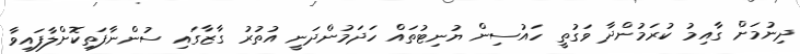
ދިނުމަށް ގާއިމު ކުރަމުންދާ ވަގުތީ ހައުސިން ޔުނިޓުތައް ހަދަމުންދަނީ އުތުރު ގާޒާގައި ސުންނާފަތިކޮށްލާފައިވާ